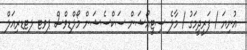
އުނިޔަ / ފަރީދީމަގު / މާލެ ސިޓީއޯޝަން ސަކްސެޝަން މޯލްޑިވްސް ޕވޓ ލޓޑރިއަލް